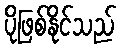
ပိုဖြစ်နိုင်သည်